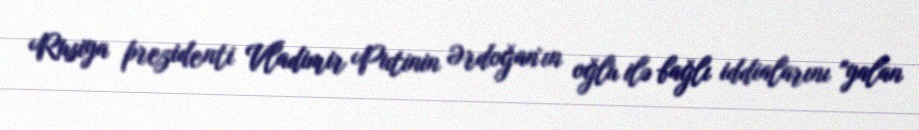
Rusiya prezidenti Vladimir Putinin Ərdoğan`ın oğlu ilə bağlı iddialarını "yalan